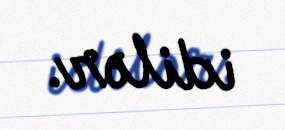
idilər.